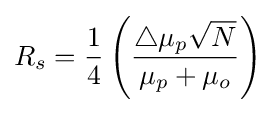
R_{s}={\frac {1}{4}}\left({\frac {\triangle \mu _{p}{\sqrt {N}}}{\mu _{p}+\mu _{o}}}\right)